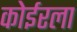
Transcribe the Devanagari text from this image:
कोईरला